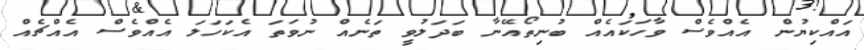
އައްކިޔުން އެއްވެސް ވާހަކައެއް ބުނިތޯއޭނާ ބަދަލުވީ ތަނެއް ނުވަތަ އެކަހަލަ އެއްވެސް އެއްޗެއް